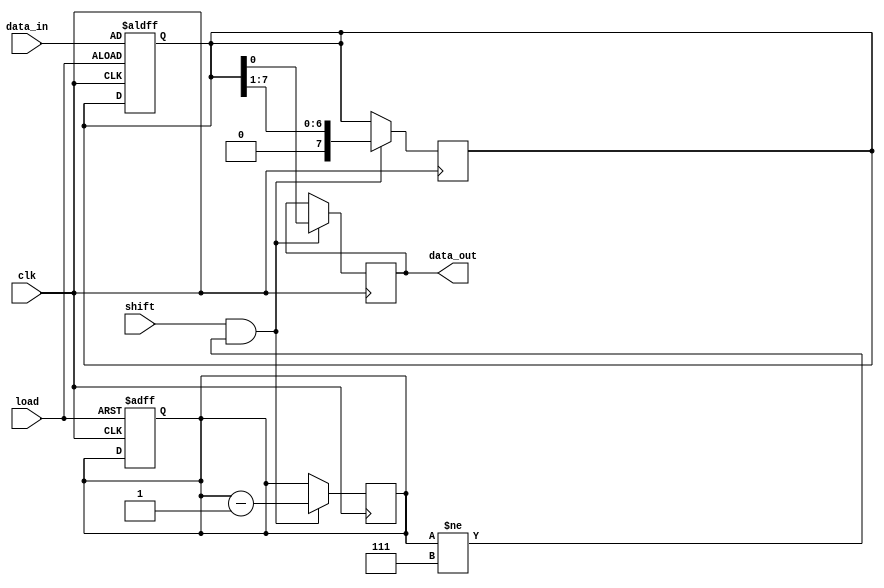
module PISO_Register (
    input wire [7:0] data_in,  // 8-bit parallel data input
    input wire load,            // Load signal (active high)
    input wire shift,           // Shift signal (active high)
    input wire clk,             // Clock signal
    output reg data_out         // Serial data output
);

    reg [7:0] register;         // 8-bit internal register to hold data
    reg [2:0] bit_counter;      // 3-bit counter for shifting bits (0 to 7)

    // Asynchronous load operation
    always @(posedge load or posedge clk) begin
        if (load) begin
            register <= data_in; // Load the data into the register
            bit_counter <= 3'b111; // Set counter to 7 to start shifting LSB first
        end
    end

    // Synchronous shift operation
    always @(posedge clk) begin
        if (shift && (bit_counter != 3'b111)) begin
            data_out <= register[0]; // Output the LSB
            register <= {1'b0, register[7:1]}; // Shift right
            bit_counter <= bit_counter - 1; // Decrement the bit counter
        end
    end

    // Initialize to zero at reset
    initial begin
        register = 8'b00000000;
        data_out = 1'b0;
        bit_counter = 3'b111; // Initial state ready for shifting
    end

endmodule